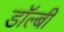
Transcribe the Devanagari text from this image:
डाॅल्बी